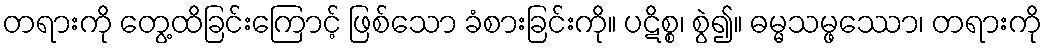
တရားကို တွေ့ထိခြင်းကြောင့် ဖြစ်သော ခံစားခြင်းကို။ ပဋိစ္စ၊ စွဲ၍။ ဓမ္မသမ္ဖဿော၊ တရားကို